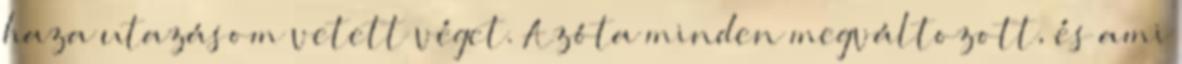
haza utazásom vetett véget. Azóta minden megváltozott, és ami